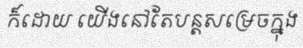
ក៏ដោយ យើងនៅតែបន្តសម្រេចក្នុង